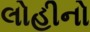
લોહીનો